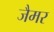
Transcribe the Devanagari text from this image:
जैमर